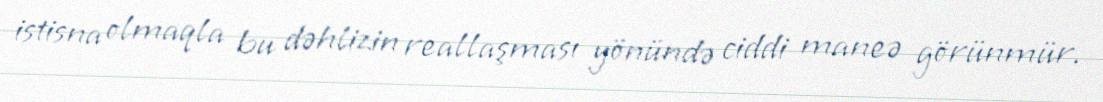
istisna olmaqla bu dəhlizin reallaşması yönündə ciddi maneə görünmür.